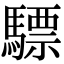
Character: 驃